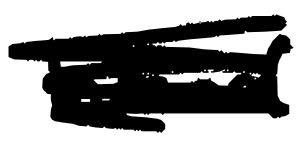
Text: brand
Cross-out: scratch
Writing tool: digital_black